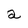
Character: a